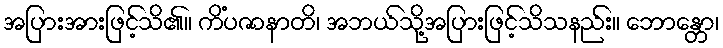
အပြားအားဖြင့်သိ၏။ ကိံပဇာနာတိ၊ အဘယ်သို့အပြားဖြင့်သိသနည်း။ ဘောန္တော၊